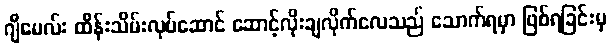
ဂျီမေလ်း ထိန်းသိမ်းလုပ်ဆောင် ဆောင့်လိုးချလိုက်လေသည် သောက်ရမှာ ဖြစ်ရခြင်းမှ